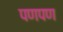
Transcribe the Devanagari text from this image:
पणपण